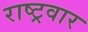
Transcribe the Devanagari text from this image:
राष्ट्रवार